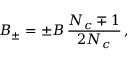
B _ { \pm } = \pm B \, \frac { N _ { c } \mp 1 } { 2 N _ { c } } \, ,